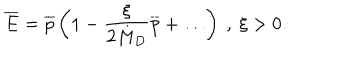
{ \overline { { E } } } = { \overline { { p } } } \left( 1 - \frac { \xi } { 2 M _ { D } } { \overline { { p } } } + \dots \right) ~ , ~ \xi > 0 .